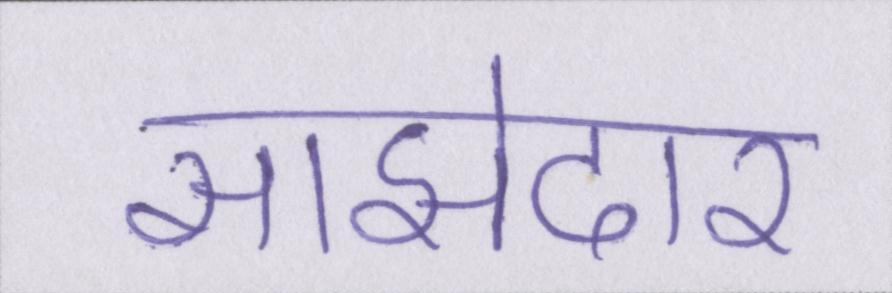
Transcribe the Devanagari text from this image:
साझेदार